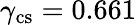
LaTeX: \gamma_{\mathrm{cs}}=0.661